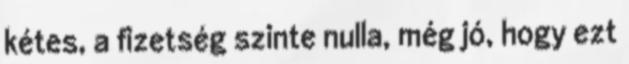
kétes, a fizetség szinte nulla, még jó, hogy ezt